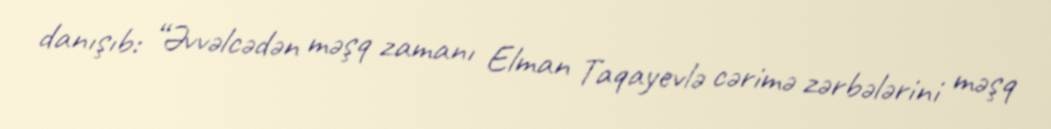
danışıb: “Əvvəlcədən məşq zamanı Elman Taqayevlə cərimə zərbələrini məşq